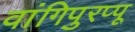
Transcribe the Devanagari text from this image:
वांगिपुरप्पू